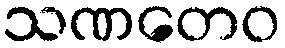
သဏတေဝ